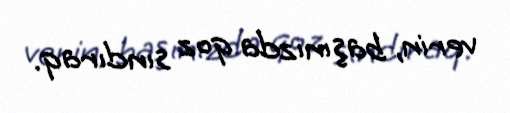
verin, başınızda qoz sındıraq.